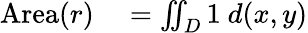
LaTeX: \begin{array}{rl}{\mathrm{Area}(r)}&{{}{}=\iint_{D}1\ d(x,y)}\end{array}